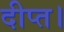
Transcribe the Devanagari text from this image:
दीप्त।